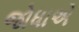
જોધાએ